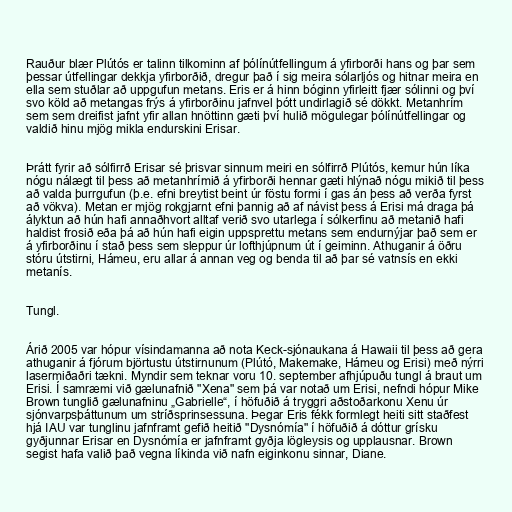
Rauður blær Plútós er talinn tilkominn af þólínútfellingum á yfirborði hans og þar sem
þessar útfellingar dekkja yfirborðið, dregur það í sig meira sólarljós og hitnar meira en
ella sem stuðlar að uppgufun metans. Eris er á hinn bóginn yfirleitt fjær sólinni og því
svo köld að metangas frýs á yfirborðinu jafnvel þótt undirlagið sé dökkt. Metanhrím
sem sem dreifist jafnt yfir allan hnöttinn gæti því hulið mögulegar þólínútfellingar og
valdið hinu mjög mikla endurskini Erisar.

Þrátt fyrir að sólfirrð Erisar sé þrisvar sinnum meiri en sólfirrð Plútós, kemur hún líka
nógu nálægt til þess að metanhrímið á yfirborði hennar gæti hlýnað nógu mikið til þess
að valda þurrgufun (þ.e. efni breytist beint úr föstu formi í gas án þess að verða fyrst
að vökva). Metan er mjög rokgjarnt efni þannig að af návist þess á Erisi má draga þá
ályktun að hún hafi annaðhvort alltaf verið svo utarlega í sólkerfinu að metanið hafi
haldist frosið eða þá að hún hafi eigin uppsprettu metans sem endurnýjar það sem er
á yfirborðinu í stað þess sem sleppur úr lofthjúpnum út í geiminn. Athuganir á öðru
stóru útstirni, Hámeu, eru allar á annan veg og benda til að þar sé vatnsís en ekki
metanís.

Tungl.

Árið 2005 var hópur vísindamanna að nota Keck-sjónaukana á Hawaii til þess að gera
athuganir á fjórum björtustu útstirnunum (Plútó, Makemake, Hámeu og Erisi) með nýrri
lasermiðaðri tækni. Myndir sem teknar voru 10. september afhjúpuðu tungl á braut um
Erisi. Í samræmi við gælunafnið "Xena" sem þá var notað um Erisi, nefndi hópur Mike
Brown tunglið gælunafninu „Gabrielle“, í höfuðið á tryggri aðstoðarkonu Xenu úr
sjónvarpsþáttunum um stríðsprinsessuna. Þegar Eris fékk formlegt heiti sitt staðfest
hjá IAU var tunglinu jafnframt gefið heitið "Dysnómía" í höfuðið á dóttur grísku
gyðjunnar Erisar en Dysnómía er jafnframt gyðja lögleysis og upplausnar. Brown
segist hafa valið það vegna líkinda við nafn eiginkonu sinnar, Diane.